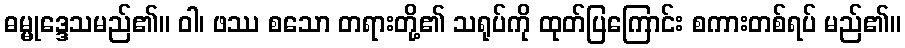
ဓမ္မုဒ္ဒေသမည်၏။ ဝါ၊ ဖဿ စသော တရားတို့၏ သရုပ်ကို ထုတ်ပြကြောင်း စကားတစ်ရပ် မည်၏။